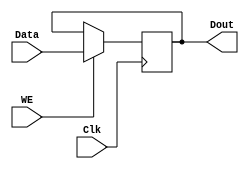
`timescale 1ns / 1ps

//////////////////////////////////////////////////////////////////////////////////
//
// Design Name: 
// Module Name:    REGISTER_32BIT 
// Project Name:   Digital_Hardware_Systems
//
// Description: 
//
//      32 bit register. if the Write enable signal is high the output becomes the input data else the
//      output exports its shelf.
//
// Dependencies: 
//
//
//////////////////////////////////////////////////////////////////////////////////
module REGISTER_32BIT(
    input Clk,              // CLOCK
    input WE,               // Write enable
    input [31:0] Data,      // Input data
    output reg [31:0] Dout  // Output data
    );

    // For every CLOCK edge ...
    always @(posedge Clk) begin

        // Update the data if WriteEnable is high
        if (WE == 1) begin
            Dout = Data;
        end else begin
            Dout = Dout;  // Export the data else
        end
    end
endmodule